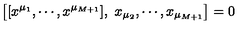
\left[ [ x ^ { \mu _ { 1 } } , \cdots , x ^ { \mu _ { M + 1 } } ] , \ x _ { \mu _ { 2 } } , \cdots , x _ { \mu _ { M + 1 } } \right] = 0